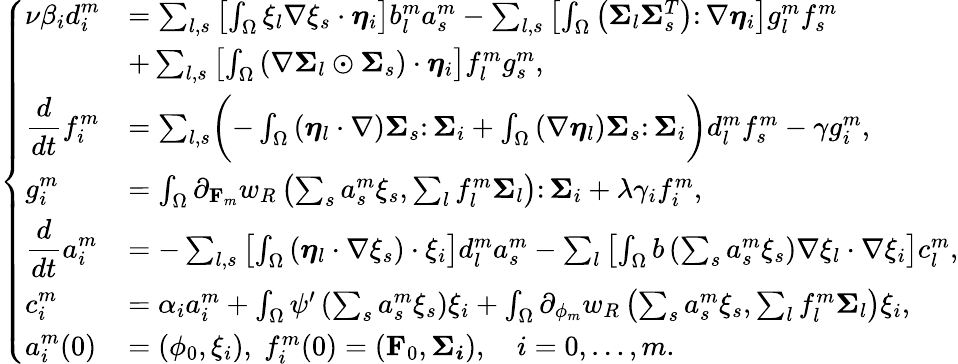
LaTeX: \left\{ \begin{array}{ll}{\displaystyle\nu\beta_{i}d_{i}^{m}}&{=\sum_{l,s}\left[\int_{\Omega}\xi_{l}\nabla\xi_{s}\cdot\boldsymbol{\eta}_{i}\right]b_{l}^{m}a_{s}^{m}-\sum_{l,s}\left[\int_{\Omega}\left(\boldsymbol{\Sigma}_{l}\boldsymbol{\Sigma}_{s}^{T}\right)\colon\nabla\boldsymbol{\eta}_{i}\right]g_{l}^{m}f_{s}^{m}}\\ &{+\sum_{l,s}\left[\int_{\Omega}\left(\nabla\boldsymbol{\Sigma}_{l}\odot\boldsymbol{\Sigma}_{s}\right)\cdot\boldsymbol{\eta}_{i}\right]f_{l}^{m}g_{s}^{m},}\\ {\displaystyle\frac{d}{dt}f_{i}^{m}}&{=\sum_{l,s}\biggl(-\int_{\Omega}\left(\boldsymbol{\eta}_{l}\cdot\nabla\right)\boldsymbol{\Sigma}_{s}\colon\boldsymbol{\Sigma}_{i}+\int_{\Omega}\left(\nabla\boldsymbol{\eta}_{l}\right)\boldsymbol{\Sigma}_{s}\colon\boldsymbol{\Sigma}_{i}\biggr)d_{l}^{m}f_{s}^{m}-\gamma g_{i}^{m},}\\ {\displaystyle g_{i}^{m}}&{=\int_{\Omega}\partial_{\mathbf{F}_{m}}w_{R}\left(\sum_{s}a_{s}^{m}\xi_{s},\sum_{l}f_{l}^{m}\boldsymbol{\Sigma}_{l}\right)\colon\boldsymbol{\Sigma}_{i}+\lambda\gamma_{i}f_{i}^{m},}\\ {\displaystyle\frac{d}{dt}a_{i}^{m}}&{=-\sum_{l,s}\left[\int_{\Omega}\left(\boldsymbol{\eta}_{l}\cdot\nabla\xi_{s}\right)\cdot\xi_{i}\right]d_{l}^{m}a_{s}^{m}-\sum_{l}\left[\int_{\Omega}b\left(\sum_{s}a_{s}^{m}\xi_{s}\right)\nabla\xi_{l}\cdot\nabla\xi_{i}\right]c_{l}^{m},}\\ {\displaystyle c_{i}^{m}}&{=\alpha_{i}a_{i}^{m}+\int_{\Omega}\psi^{\prime}\left(\sum_{s}a_{s}^{m}\xi_{s}\right)\xi_{i}+\int_{\Omega}\partial_{\phi_{m}}w_{R}\left(\sum_{s}a_{s}^{m}\xi_{s},\sum_{l}f_{l}^{m}\boldsymbol{\Sigma}_{l}\right)\xi_{i},}\\ {\displaystyle a_{i}^{m}(0)}&{=\left(\phi_{0},\xi_{i}\right),\; f_{i}^{m}(0)=\left(\mathbf{F}_{0},\boldsymbol{\Sigma_{i}}\right),\quad i=0,\dots,m.}\end{array}\right.